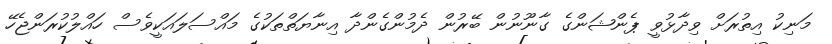
މަނިކު އިތުރަށް ވިދާޅުވީ ޕެންޝަންގެ ގާނޫނުން ބޭރުން ދެމުންގެންދާ އިނާޔަތްތަކުގެ މައްސަލައަކީވެސް ހައްލުކުރަންޖެހޭ